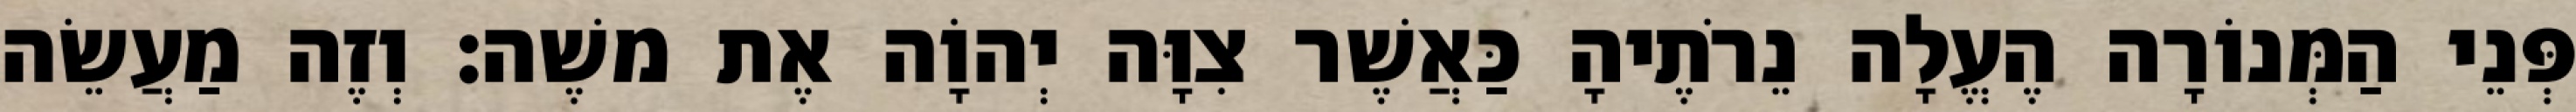
פְּנֵי הַמְּנוֹרָה הֶעֱלָה נֵרֹתֶיהָ כַּאֲשֶׁר צִוָּה יְהוָֹה אֶת משֶׁה׃ וְזֶה מַעֲשֵׂה